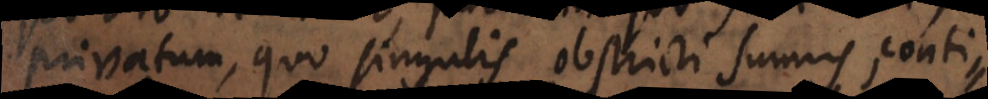
privatum, quo singulis obstricti sumus, conti